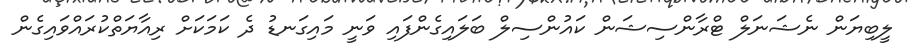
ލީބިޔަން ނެޝަނަލް ޓްރާންސިޝަން ކައުންސިލް ބަލައިގެންފައި ވަނީ މައިގަނޑު ދެ ކަމަކަށް ރިއާޔަތްކުރައްވައިގެން